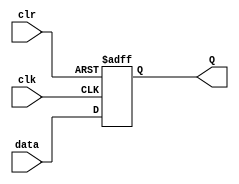
`timescale 1ns / 1ps
//////////////////////////////////////////////////////////////////////////////////
// Company: 
// Engineer: 
// 
// Design Name: 
// Module Name: d_flipflop
// Project Name: 
// Target Devices: 
// Tool Versions: 
// Description: 
// 
// Dependencies: 
// 
// Revision:
// Revision 0.01 - File Created
// Additional Comments:
// 
//////////////////////////////////////////////////////////////////////////////////


module d_flipflop(
    input clk,
    input data,
    input clr,
    output reg Q = 0
    );
    always @(posedge clr, posedge clk) begin
        if (clr)
            Q <= 0;
        else if (clk)
            Q <= data;
    end
endmodule